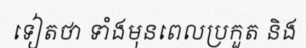
ទៀតថា ទាំងមុនពេលប្រកួត និង